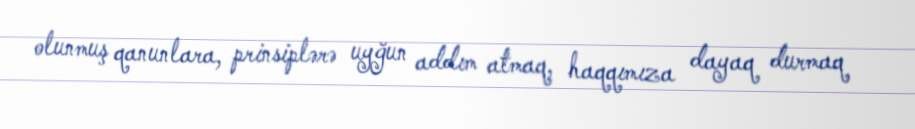
olunmuş qanunlara, prinsiplərə uyğun addım atmaq, haqqımıza dayaq durmaq